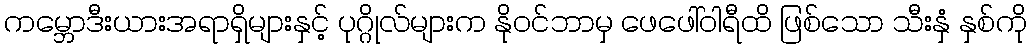
ကမ္ဘောဒီးယားအရာရှိများနှင့် ပုဂ္ဂိုလ်များက နိုဝင်ဘာမှ ဖေဖေါ်ဝါရီထိ ဖြစ်သော သီးနှံ နှစ်ကို